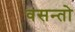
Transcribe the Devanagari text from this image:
वसन्तो